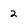
Character: 2